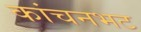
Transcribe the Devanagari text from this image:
कांचनभट